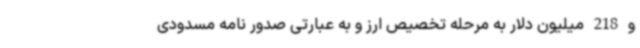
و 218 میلیون دلار به مرحله تخصیص ارز و به عبارتی صدور نامه مسدودی